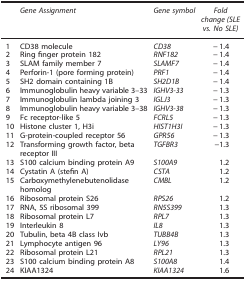
|  | Gene Assignment | Gene symbol | Fold change (SLE vs. No SLE) |
 | --- | --- | --- | --- |
 | 1 | CD38 molecule | CD38 | −1.4 |
 | 2 | Ring finger protein 182 | RNF182 | −1.4 |
 | 3 | SLAM family member 7 | SLAMF7 | −1.4 |
 | 4 | Perforin-1 (pore forming protein) | PRF1 | −1.4 |
 | 5 | SH2 domain containing 1B | SH2D1B | −1.4 |
 | 6 | Immunoglobulin heavy variable 3–33 | IGHV3-33 | −1.3 |
 | 7 | Immunoglobulin lambda joining 3 | IGLJ3 | −1.3 |
 | 8 | Immunoglobulin heavy variable 3–38 | IGHV3-38 | −1.3 |
 | 9 | Fc receptor-like 5 | FCRL5 | −1.3 |
 | 10 | Histone cluster 1, H3i | HIST1H3I | −1.3 |
 | 11 | G-protein-coupled receptor 56 | GPR56 | −1.3 |
 | 12 | Transforming growth factor, beta receptor III | TGFBR3 | −1.3 |
 | 13 | S100 calcium binding protein A9 | S100A9 | 1.2 |
 | 14 | Cystatin A (stefin A) | CSTA | 1.2 |
 | 15 | Carboxymethylenebutenolidase homolog | CMBL | 1.2 |
 | 16 | Ribosomal protein S26 | RPS26 | 1.2 |
 | 17 | RNA, 5S ribosomal 399 | RN5S399 | 1.3 |
 | 18 | Ribosomal protein L7 | RPL7 | 1.3 |
 | 19 | Interleukin 8 | IL8 | 1.3 |
 | 20 | Tubulin, beta 4B class Ivb | TUBB4B | 1.3 |
 | 21 | Lymphocyte antigen 96 | LY96 | 1.3 |
 | 22 | Ribosomal protein L21 | RPL21 | 1.3 |
 | 23 | S100 calcium binding protein A8 | S100A8 | 1.4 |
 | 24 | KIAA1324 | KIAA1324 | 1.6 |